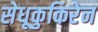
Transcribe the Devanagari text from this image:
सेधूकुकिरेन